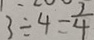
3 \div 4 = \frac { 3 } { 4 }